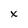
Character: x